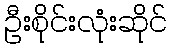
ဦးစိုင်းလုံးဆိုင်